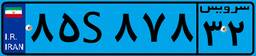
۰۳S۵۲۱۳۲